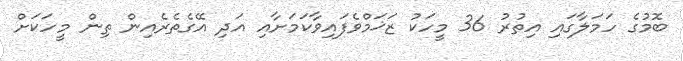
ބޮމުގެ ހަމަލާގައި އިތުރު 36 މީހަކު ޒަޚަމްވެފައިވާކަމަށާއި އަދި އޭގެތެރެއިން ތިން މީހަކަށް